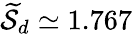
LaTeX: {\widetilde{\cal S}}_{d}\simeq 1.767